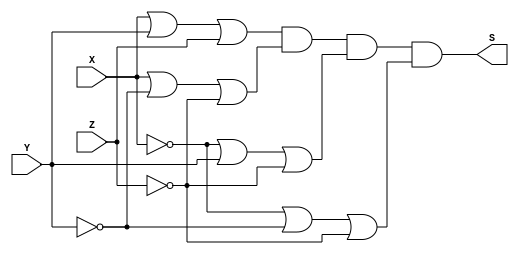
/*
 Guia_0602d.v - v0.0. - 28 / 08 / 2022
 Autor    : Gabriel Vargas Bento de Souza
 Matricula: 778023
 */

/* 
 Produto das somas
               ____
F(X, Y, Z) =   | |  M (0, 3, 5, 7) = PoS(0, 3, 5, 7)
*/

/**
 PoS (0, 3, 5, 7) = X+Y+Z . X+Y'+Z' . X'+Y+Z' . X'+Y'+Z'
 */
module PoS (output S,
            input  X, Y, Z);
   assign S = ( X |  Y |  Z)  // 0
            & ( X | ~Y | ~Z)  // 3
            & (~X |  Y | ~Z)  // 4
            & (~X | ~Y | ~Z); // 7
endmodule // PoS 

/**
 PoS(0,3,5,7)_Simplificado = X'+Z' . Y'+Z' . X+Y+Z
 */
module PoS_simple (output S,
                   input  X, Y, Z);
   assign S = (~X      | ~Z)
            &  (    ~Y | ~Z)
            & ( X |  Y |  Z);
endmodule // PoS_simple

/**
  Guia_0602d.v
 */
module Guia_0602d;
   reg  X, Y, Z;
   wire S1, S2;
   
   // instancias
   PoS        POS1 (S1, X, Y, Z);
   PoS_simple POS2 (S2, X, Y, Z);
   
   // valores iniciais
   initial begin: start
      X=1'bx; Y=1'bx; Z=1'bx;
   end

   // parte principal
   initial begin: main
       $display("Gabriel Vargas Bento de Souza - 778023");
       $display("Guia_06");
       $display("\n02.d) PoS (0, 3, 5, 7)\n");

       // monitoramento
       $display(" X  Y  Z  S1  S2");
       $monitor("%2b %2b %2b %2b %3b", X,  Y,  Z,  S1, S2);

       // sinalizacao
          X=0; Y=0; Z=0;
       #1           Z=1;
       #1      Y=1; Z=0;
       #1           Z=1;
       #1 X=1; Y=0; Z=0;
       #1           Z=1;
       #1      Y=1; Z=0;
       #1           Z=1;
   end
endmodule // Guia_0602d

/*
C:\Users\Gabriel\Desktop\CC-PUC\2Periodo\ARQ1\Tarefas\Guia06>vvp Guia_0602d.vvp
Gabriel Vargas Bento de Souza - 778023
Guia_06

02.d) PoS (0, 3, 5, 7)

 X  Y  Z  S1  S2
 0  0  0  0   0
 0  0  1  1   1
 0  1  0  1   1
 0  1  1  0   0
 1  0  0  1   1
 1  0  1  0   0
 1  1  0  1   1
 1  1  1  0   0
*/